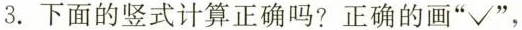
3. 下面的竖式计算正确吗？正确的画”√”，